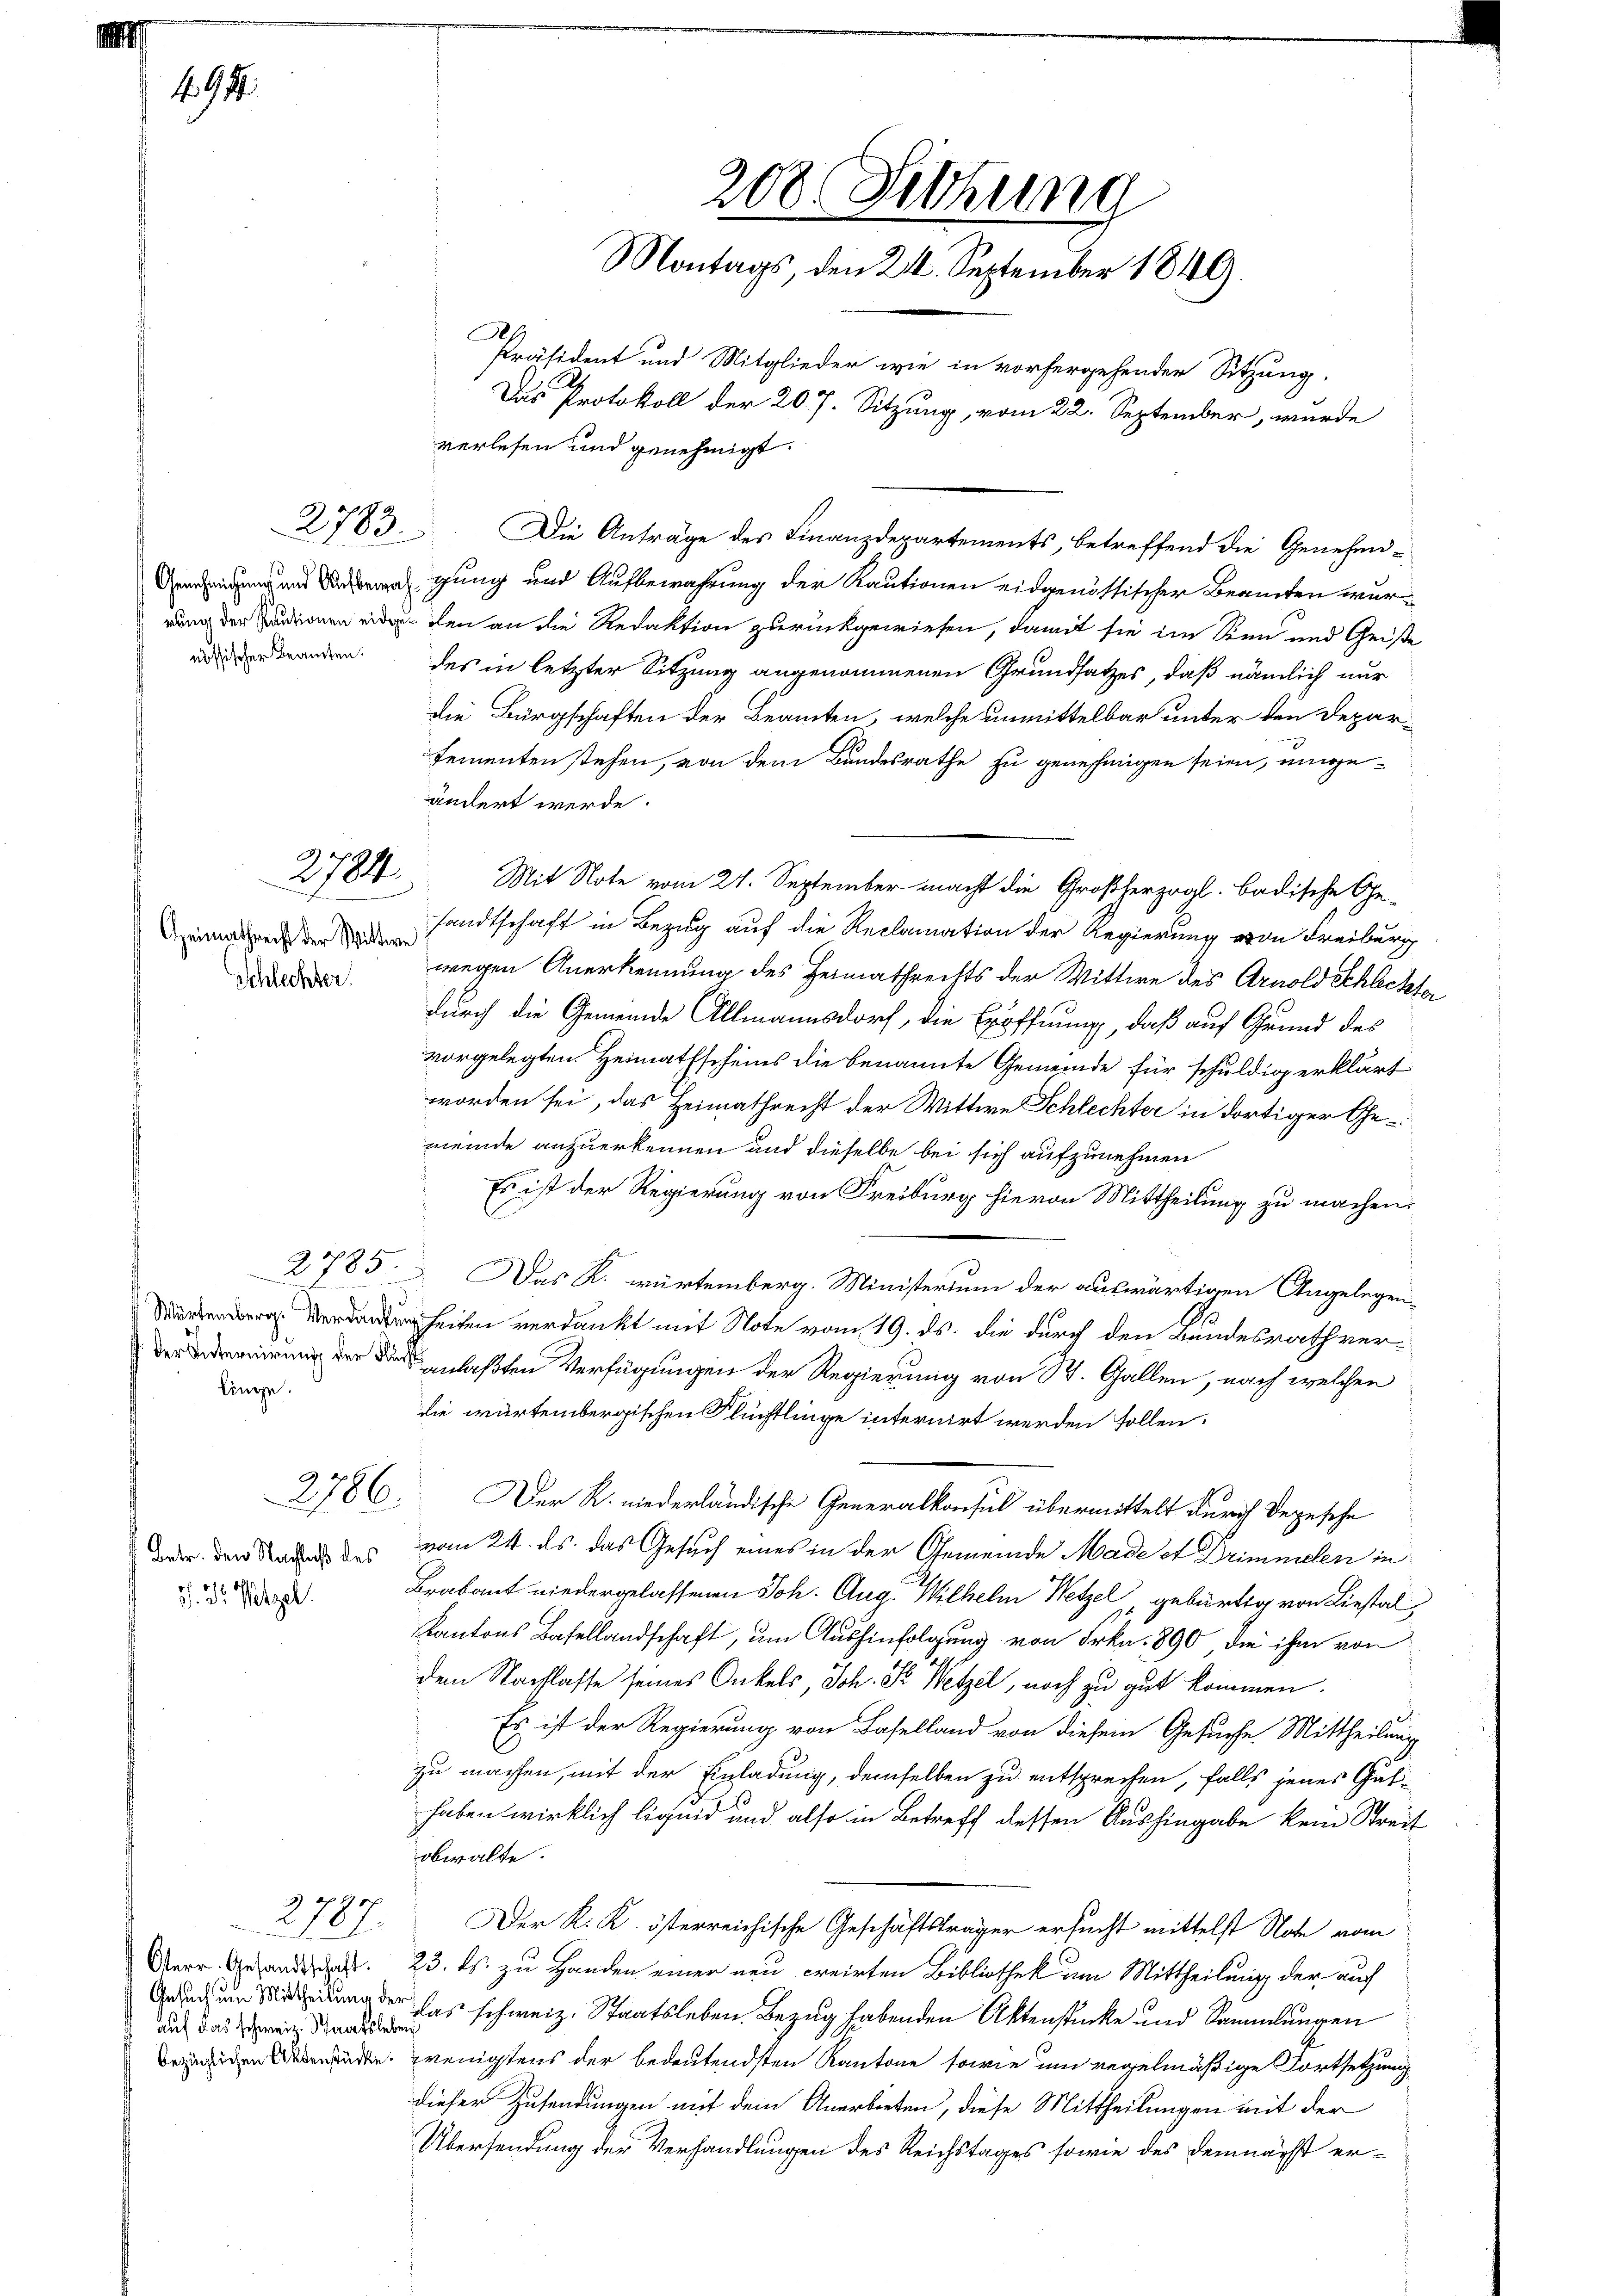
494

2783.

2784.

Geimathrecht der Wittwe
Schlechter

linge.

2106
Betr. den Nachlaß des
J. Dr. Pelzel.

2787.

Die Anträge des Finanzdepartements, betreffend die Genehmiagung und Aufbewahrung der Kautionen eidgenöttischer Beamten wurrung der dienen den den an die Redaktion zurückgewiesen, damit sie im Sen und Geiste
unerwandern des in letzter Sitzung angenommenen Grundsatzes, daß nämlich nur
die Bürgschaften der Beamten, welche unmittelbar unter den Departementen stehen, von dem Bundesrathe zu genehmigen seien, umgeändert werde.
Mit Note vom 21. September macht die Großherzogl. badische Ge-
sandtschaft in Bezug auf die Reclamation der Regierung von Freiburg
wegen Anerkennung des Heimathrechts der Wittwe des Arnold Schlecht
durch die Gemeinde Allmannsdorf, die Eröffnung, daß auf Grund des
vorgelegten Heimathscheins die benannte Gemeinde für schuldig erklärt
worden sei, das Heimathrecht der Wittwe Schlechter in dortiger Gemeinde anzuerkennen und dieselbe bei sich aufzunehmen
Es ist der Regierung von Freiburg hievon Mittheilung zu machen.
2785. Das K. würtemberg. Ministerium der auswärtigen Angelegenheiten verdankt mit Note vom 19. ds. die durch den Bundesrath veri der die anlaßten Verfügungen der Regierung von St. Gallen, nach welchen
die wartembergischen Flüchtlinge internirt werden sollen.
Der R. niederländische Generalkonsul übermittelt durch Depesche
vom 24. ds. das Gesuch eines in der Gemeinde Made et Drimmelen in
Brabant niedergelassenen Joh. Aug. Wilhelm Wetzel gebürtig von Liestal
Kantons Basellandschaft, um Aushinfolgung von Frkn. 890 die ihm von
dem Nachlasse seines Onkels, Joh. Dr. Wetzel, noch zu gut kommen.
Es ist der Regierung von Baselland von diesem Gesuche Mittheilung
zu machen, mit der Einladung, demselben zu entsprechen, falls jenes Guthaben wirklich liquid und also in Betreff dessen Aushingabe kein Streit
obwalte.
Der K. K. österreichische Geschäftsträger ersucht mittelst Note vom
23. ds. zu Handen einer neu creirten Bibliothek am Mittheilung der auch
 u das schweiz. Staatsleben Bezug habenden Aktenstücke und Sammlungen
üde, wenigstens der bedeutendsten Kantone sowie und regelmäßige Fortsetzung
dieser Zusendungen mit dem Anerbieten, diese Mittheilungen mit der
Übersendung der Verhandlungen des Reichstages sowie des demnächst er¬

Osterr. Gesandtschaft.
auf das schweiz. Staatsleben

208. Setzung
Montags, den 24. September 1849
Präsident und Mitglieder wie in vorhergehender Sitzung.
Das Protokoll der 207. Sitzung, vom 22. September, wurde
verlesen und genehmigt.